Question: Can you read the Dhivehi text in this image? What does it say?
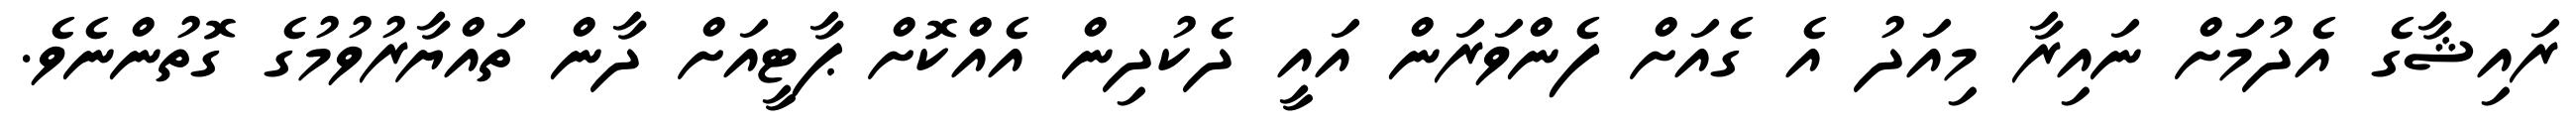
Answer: ރައިޝާގެ އެދުމަށް ނައިރާ މިއަދު އެ ގެއަށް ފެންވަރަން އައީ ދެކުދިން އެއްކޮށް ޕާޓީއަށް ދާން ތައްޔާރުވުމުގެ ގޮތުންނެވެ.